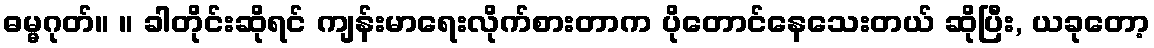
ဓမ္မဂုတ်။ ။ ခါတိုင်းဆိုရင် ကျန်းမာရေးလိုက်စားတာက ပိုတောင်နေသေးတယ် ဆိုပြီး, ယခုတော့